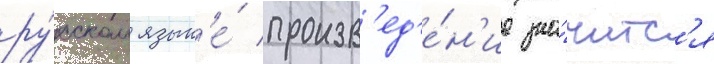
ру́сском язык'е́ произв'ед'е́н'ие зна́читс'я